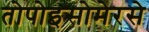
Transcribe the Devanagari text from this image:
तोपोइसोमेरसे